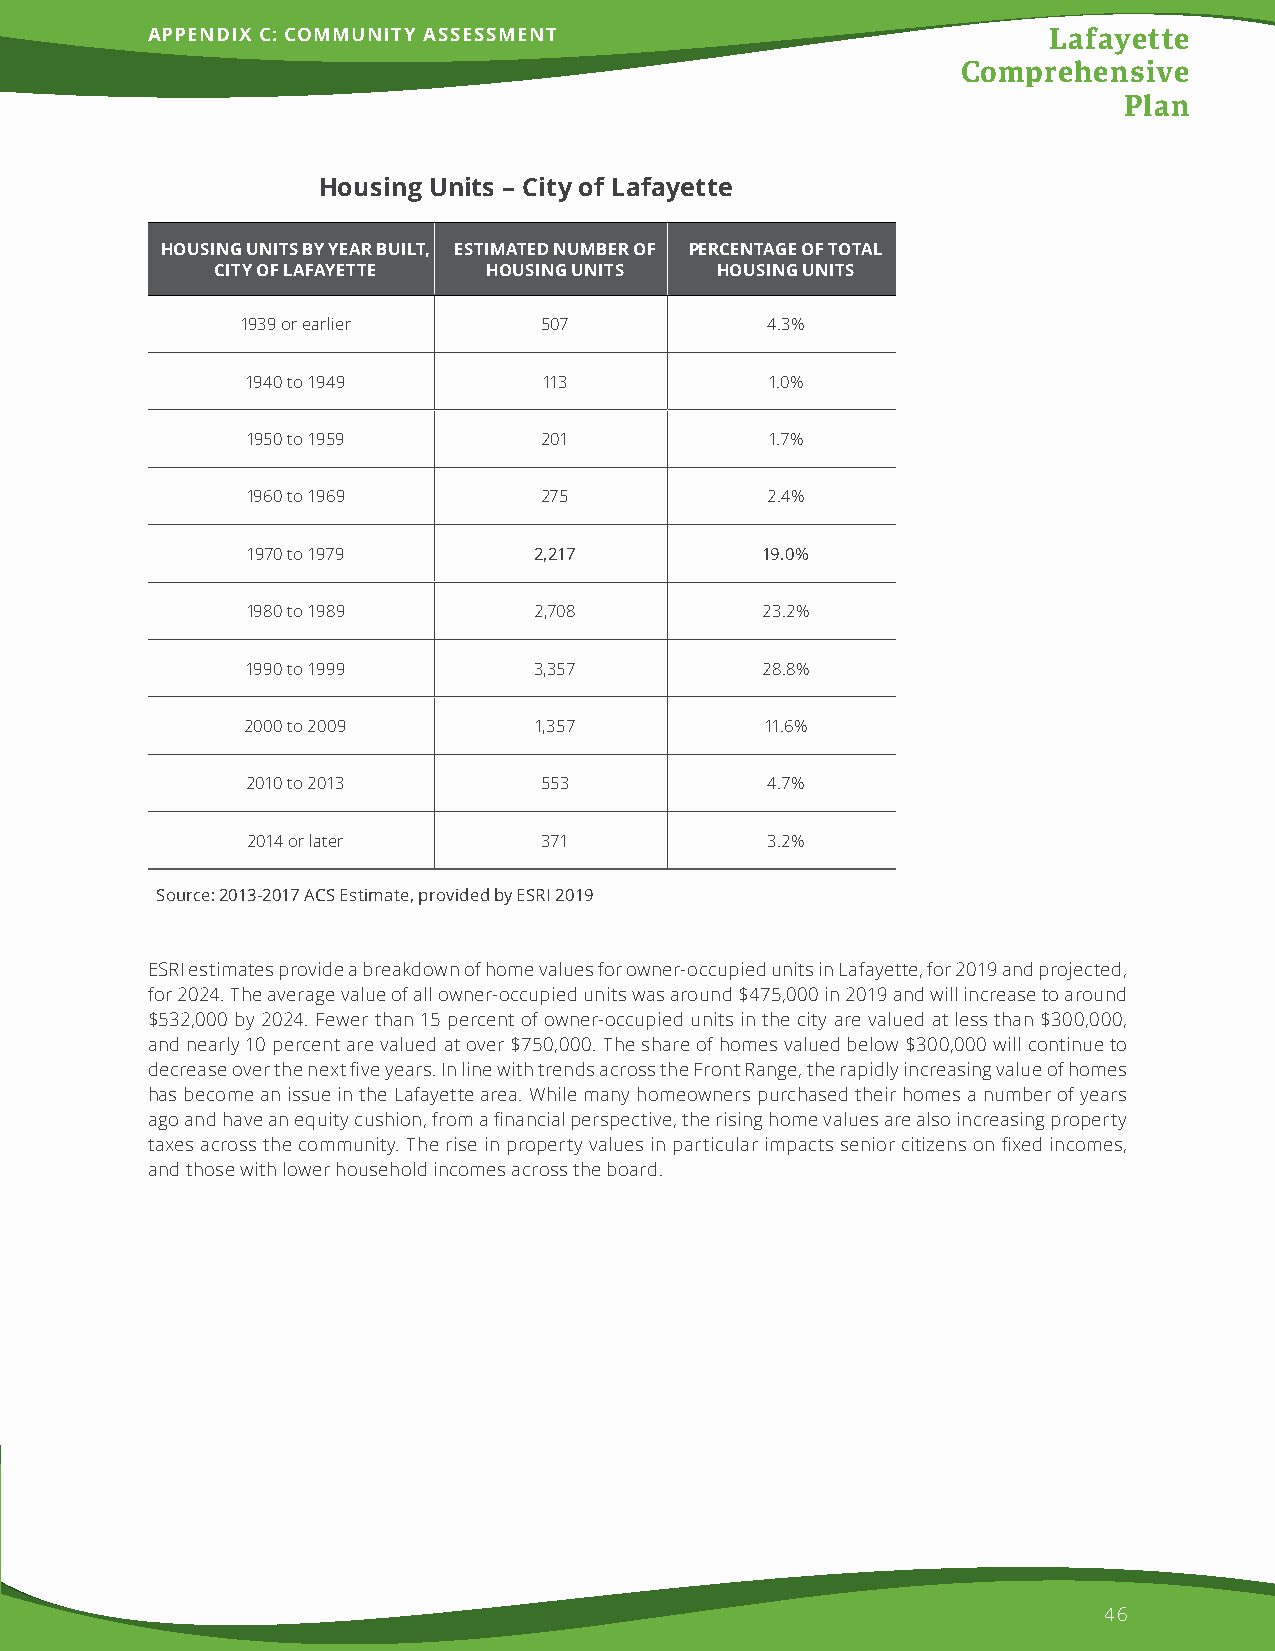
APPENDIX C: COMMUNITY ASSESSMENT                           Lafayette
 Comprehensive
 Plan
 Housing Units – City of Lafayette
 HOUSING UNITS BY YEAR BUILT, ESTIMATED NUMBER OF PERCENTAGE OF TOTAL
 CITY OF LAFAYETTE HOUSING UNITS  HOUSING UNITS
 1939 or earlier     507            4.3%
 1940 to 1949        113            1.0%
 1950 to 1959        201            1.7%
 1960 to 1969        275            2.4%
 1970 to 1979       2,217          19.0%
 1980 to 1989       2,708          23.2%
 1990 to 1999       3,357          28.8%
 2000 to 2009       1,357           11.6%
 2010 to 2013        553            4.7%
 2014 or later       371            3.2%
 Source: 2013-2017 ACS Estimate, provided by ESRI 2019
 ESRI estimates provide a breakdown of home values for owner-occupied units in Lafayette, for 2019 and projected,
 for 2024. The average value of all owner-occupied units was around $475,000 in 2019 and will increase to around
 $532,000 by 2024. Fewer than 15 percent of owner-occupied units in the city are valued at less than $300,000,
 and nearly 10 percent are valued at over $750,000. The share of homes valued below $300,000 will continue to
 decrease over the next five years. In line with trends across the Front Range, the rapidly increasing value of homes
 has become an issue in the Lafayette area. While many homeowners purchased their homes a number of years
 ago and have an equity cushion, from a financial perspective, the rising home values are also increasing property
 taxes across the community. The rise in property values in particular impacts senior citizens on fixed incomes,
 and those with lower household incomes across the board.
 46